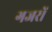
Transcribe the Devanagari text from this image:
गजरों